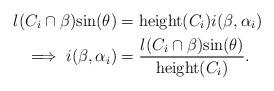
LaTeX: \begin{align*}l(C_i \cap \beta)\mathrm{sin}(\theta) &= \mathrm{height}(C_i)i(\beta,\alpha_i) \\ \implies i(\beta,\alpha_i) &= \frac{l(C_i\cap \beta) \mathrm{sin}(\theta)}{\mathrm{height}(C_i)}.\end{align*}